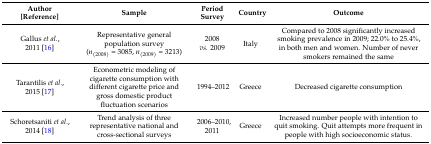
| Author [Reference] | Sample | Period Survey | Country | Outcome |
 | --- | --- | --- | --- | --- |
 | Gallus et al., 2011 [16] | Representative general population survey (n(2008) = 3085, n(2009) = 3213) | 2008 vs. 2009 | Italy | Compared to 2008 significantly increased smoking prevalence in 2009; 22.0% to 25.4%, in both men and women. Number of never smokers remained the same |
 | Tarantilis et al., 2015 [17] | Econometric modeling of cigarette consumption with different cigarette price and gross domestic product fluctuation scenarios | 1994–2012 | Greece | Decreased cigarette consumption |
 | Schoretsaniti et al., 2014 [18] | Trend analysis of three representative national and cross-sectional surveys | 2006–2010, 2011 | Greece | Increased number people with intention to quit smoking. Quit attempts more frequent in people with high socioeconomic status. |